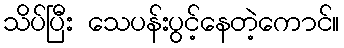
သိပ်ပြီး သေပန်းပွင့်နေတဲ့ကောင်။